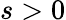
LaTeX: s>0